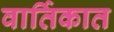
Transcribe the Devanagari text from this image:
वार्तिकात